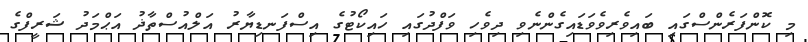
މި ކޮންފަރެންސްގައި ބައިވެރިވެވަޑައިގެންނެވި ދިވެހި ވަފްދުގައި ހައިކޯޓުގެ އިސްފަނޑިޔާރު އަލްއުސްތާޛު އަޙްމަދު ޝަރީފްގެ